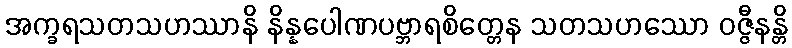
အက္ခရသတသဟဿာနိ နိန္နပေါဏပဗ္ဘာရစိတ္တေန သတသဟဿော ဝဇ္ဇီနန္တိ